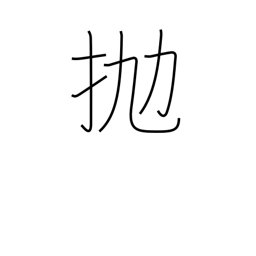
Meaning: hurl